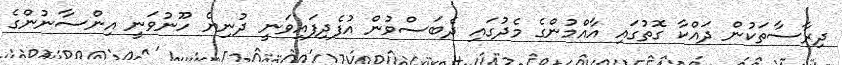
ދިރާސާތަކުން ދައްކާ ގޮތުގައި އާއްމުންގެ މެދުގައި ދެބަސްވުން އުފެދިފައިވަނީ ދުނިޔެ ހޫނުވަނީ އިންސާނުންގެ